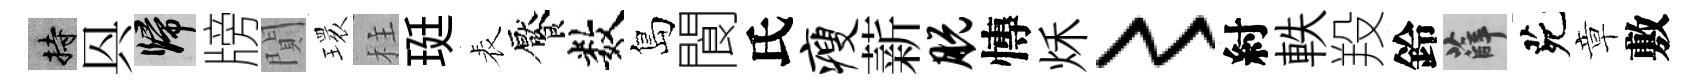
持㒷歸牓閴𤨔柱珽表饜数島閬氏瘦薪脱慱秌〻紂軼羖鈴薛茕章敷